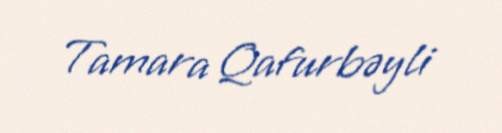
Tamara Qafurbəyli